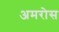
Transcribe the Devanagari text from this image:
अमरोस